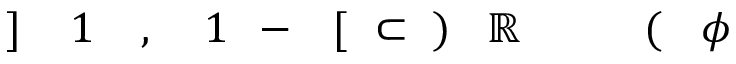
\! \! \! \! \! \! \! \! \! \! \! \phi \! \! \! \! \! \! \! \! \! \! \! \! ( \! \! \! \! \! \! \! \! \! \! \! \! \ensuremath { \! \! \! \! \! \! \! \! \! \! \! \! \mathbb { R } } \! \! \! \! \! \! \! \! \! \! \! \! ) \! \! \! \! \! \! \! \! \! \! \! \! \subset \! \! \! \! \! \! \! \! \! \! \! \! [ \! \! \! \! \! \! \! \! \! \! \! \! - \! \! \! \! \! \! \! \! \! \! \! \! 1 \! \! \! \! \! \! \! \! \! \! \! \! , \! \! \! \! \! \! \! \! \! \! \! \! 1 \! \! \! \! \! \! \! \! \! \! \! \! ] \! \! \! \! \! \! \! \! \! \! \!